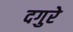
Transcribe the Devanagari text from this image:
दगुरे